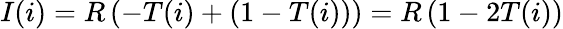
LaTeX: I(i)=R\left(-T(i)+(1-T(i))\right)=R\left(1-2T(i)\right)